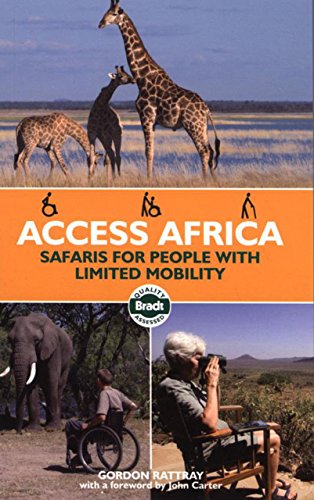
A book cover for Access Africa: Safaris for People with Limited Mobility (Bradt Travel Guides(slow Travel))); Gordon Rattray; Travel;